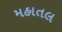
મહાતલ